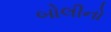
બોલીનો